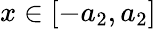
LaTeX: x\in[-a_{2},a_{2}]